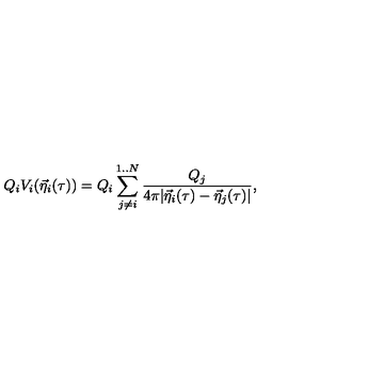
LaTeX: Q _ { i } V _ { i } ( { \vec { \eta } } _ { i } ( \tau ) ) = Q _ { i } \sum _ { j \not = i } ^ { 1 . . N } { \frac { { Q _ { j } } } { { 4 \pi | { \vec { \eta } } _ { i } ( \tau ) - { \vec { \eta } } _ { j } ( \tau ) | } } } ,